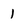
Character: 1